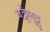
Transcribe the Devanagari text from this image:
वट्टेलुट्टु